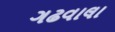
ગઢવાલા